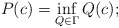
\begin{align*}P(c)=\inf_{Q\in\Gamma}Q(c);\end{align*}